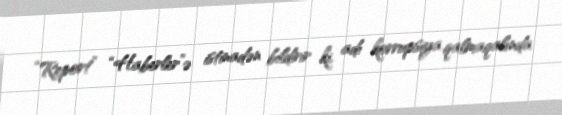
“Report” “Haberler”ə istinadən bildirir ki, adı korrupsiya qalmaqalında